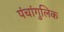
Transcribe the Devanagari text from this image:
पंचांगुलिक